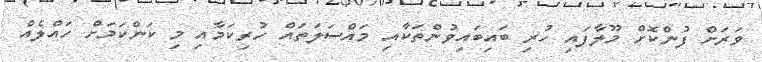
ވަރަށް ފުންކޮށް މޫލާފައި ހުރި ބައިބައިވުންތަކާއި މައްސަލަތައް ހުރިކަމާއި މި ކަންކަމަށް ހައްލެއް